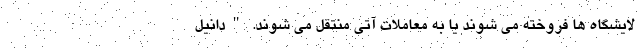
لایشگاه ها فروخته می شوند یا به معاملات آتی منتقل می شوند. "دانیل